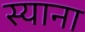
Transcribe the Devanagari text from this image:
स्‍याना